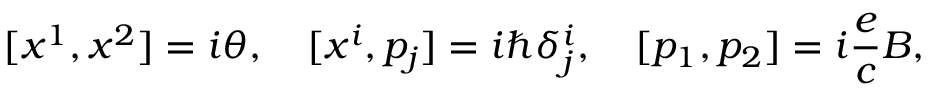
[ x ^ { 1 } , x ^ { 2 } ] = i \theta , \quad [ x ^ { i } , p _ { j } ] = i \hbar \delta _ { j } ^ { i } , \quad [ p _ { 1 } , p _ { 2 } ] = i \frac { e } { c } B ,